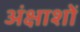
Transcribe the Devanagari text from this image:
अंक्षाशों